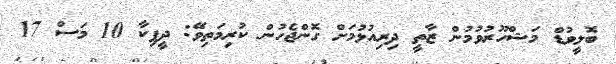
ބޮލީވުޑް މަޝްހޫރުވުމުން ޒާތީ ދިރިއުޅުމަށް ގޮންޖެހުން ކުރިމަތިވޭ: ދީޕިކާ 10 މަސް 17